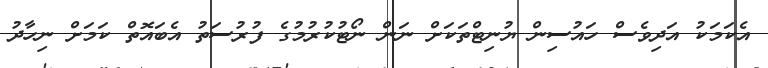
އެކަމަކު އަދިވެސް ހައުސިން ޔުނިޓްތަކަށް ނަން ނޯޓުކުރުމުގެ ފުރުސަތު އެބައޮތް ކަމަށް ނިހާދު